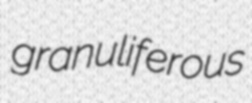
granuliferous